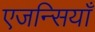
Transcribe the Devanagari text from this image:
एजन्सियाँ